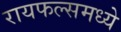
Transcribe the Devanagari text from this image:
रायफल्समध्ये